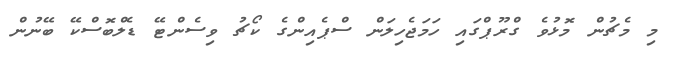
މި މެޗުން މޮޅުވެ ގްރޫޕްގައި ހަމަޖެހިލަން ސްޕެއިންގެ ކޯޗު ވިސެންޓޭ ޑެލްބޮސްކޭ ބޭނުން